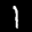
Label: 1